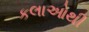
કલાઓથી